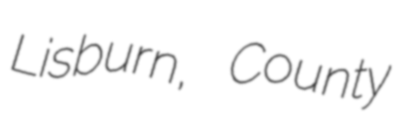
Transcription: Lisburn, County